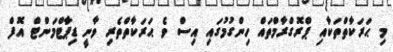
މި ޙަރަކާތްތަކާއި ޕްރޮގްރާމްތައް ހިންގުމުގައި އިސް ވެ ޙަރަކާތްތެރި ވާނީ ޑިޕާޓްމަންޓް އޮފް